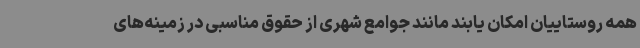
همه روستاییان امکان یابند مانند جوامع شهری از حقوق مناسبی در زمینه‌های